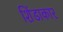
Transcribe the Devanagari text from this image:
शिंडाकार